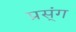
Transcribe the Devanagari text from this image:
प्रस्ंग